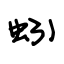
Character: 蚓